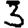
Digit: 3